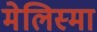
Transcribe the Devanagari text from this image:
मेलिस्मा